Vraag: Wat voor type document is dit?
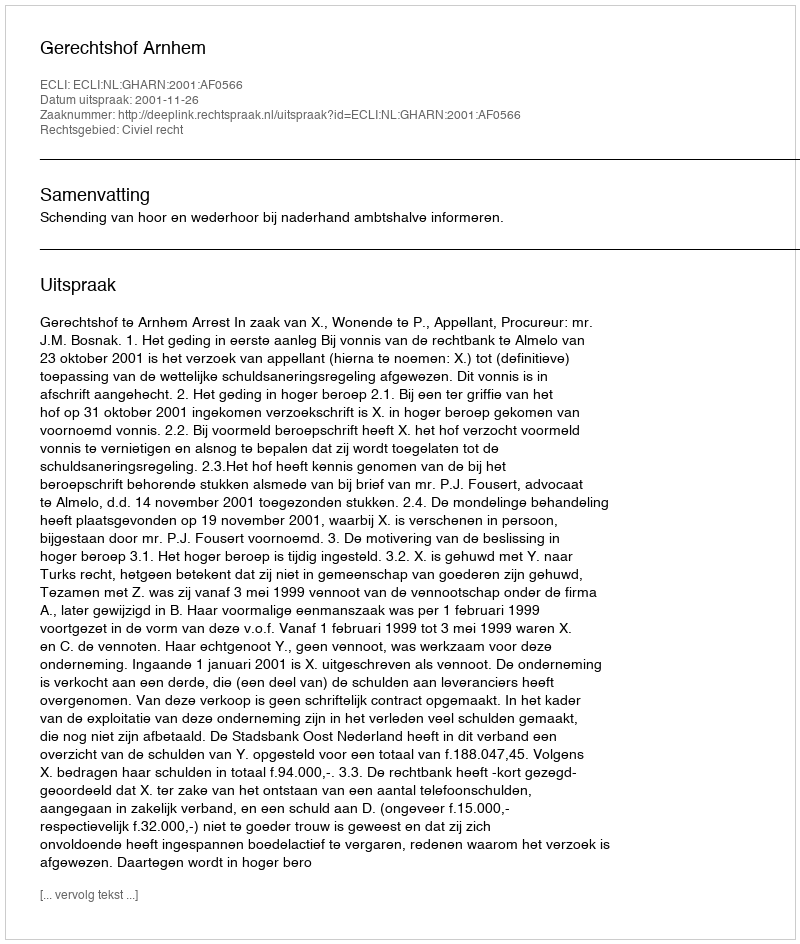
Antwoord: Uitspraak